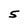
Character: 5